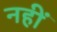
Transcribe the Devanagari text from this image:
नहीं